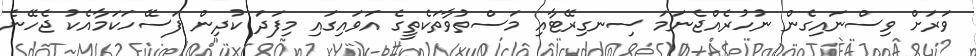
ވަރަށް ވިސްނައިގެން ނުހުރެއްޖެނަމަ ސިނގިރޭޓާއި މަސްތުވާތަކެތީގެ އަވައިގައި މިފަދަ ކުދިން ފަސޭހަކަމާއެކު ޖެހޭނެ